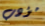
مؤدب